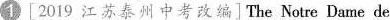
1 [2019 江苏泰州中考改编]The Notre Dame de